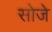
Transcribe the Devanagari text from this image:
सोजे